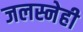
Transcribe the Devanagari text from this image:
जलस्नेही